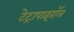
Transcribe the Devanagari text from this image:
टेट्रापाइरॉल